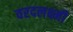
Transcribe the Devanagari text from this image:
वरदलक्ष्मी